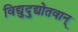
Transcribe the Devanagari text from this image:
विद्युदुद्योतवान्